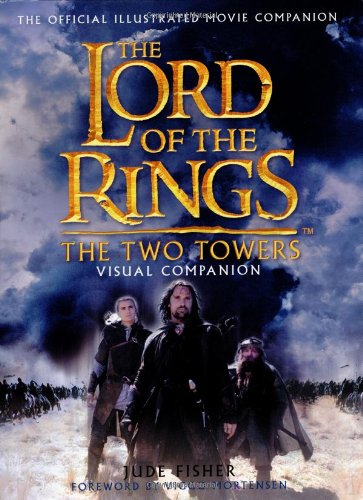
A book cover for The Two Towers Visual Companion: The Official Illustrated Movie Companion (The Lord of the Rings); Jude Fisher; Humor & Entertainment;